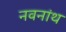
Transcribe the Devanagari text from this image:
नवनांथ